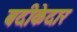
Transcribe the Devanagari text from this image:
बदीकेदार